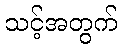
သင့်အတွက်